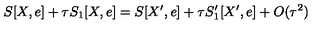
S [ X , e ] + \tau S _ { 1 } [ X , e ] = S [ X ^ { \prime } , e ] + \tau S _ { 1 } ^ { \prime } [ X ^ { \prime } , e ] + O ( \tau ^ { 2 } )